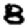
Digit: 8